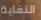
النفاية